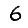
Digit: 6